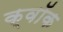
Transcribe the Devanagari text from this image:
क्वॉक